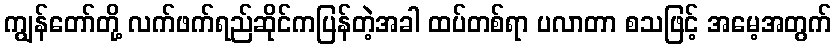
ကျွန်တော်တို့ လက်ဖက်ရည်ဆိုင်ကပြန်တဲ့အခါ ထပ်တစ်ရာ ပလာတာ စသဖြင့် အမေ့အတွက်